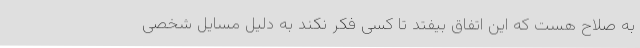
به صلاح هست که این اتفاق بیفتد تا کسی فکر نکند به دلیل مسایل شخصی